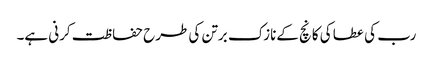
رب کی عطا کی کانچ کےنازک برتن کی طرح حفاظت کرنی ہے۔